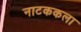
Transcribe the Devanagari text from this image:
नाटककला